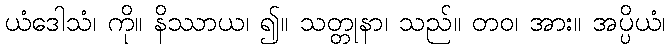
ယံဒေါသံ၊ ကို။ နိဿာယ၊ ၍။ သတ္တုနာ၊ သည်။ တဝ၊ အား။ အပ္ပိယံ၊